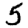
Digit: 5